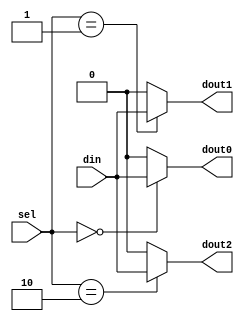

module b1_demux_1_3_case
(
    input            din,
    input      [1:0] sel,
    output reg       dout0,
    output reg       dout1,
    output reg       dout2 
);
    always @(*)
        case (sel)
            2'b00 :  begin
                        dout0 = din;
                        dout1 = 0;
                        dout2 = 0;
                     end
            2'b01  : begin
                        dout0 = 0;
                        dout1 = din;
                        dout2 = 0;
                     end
            2'b10  : begin
                        dout0 = 0;
                        dout1 = 0;
                        dout2 = din;
                     end
            default: begin
                        dout0 = 0;
                        dout1 = 0;
                        dout2 = 0;
                     end
        endcase

endmodule